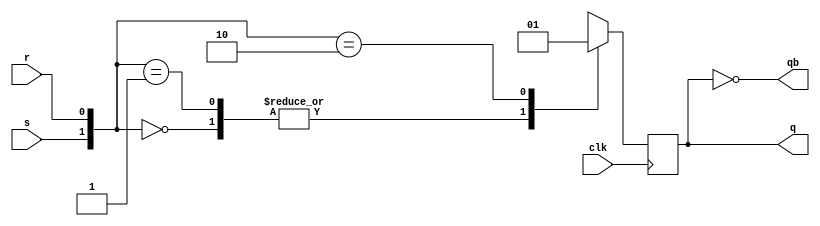
`timescale 1ns / 1ps
//////////////////////////////////////////////////////////////////////////////////
// Company: 
// Engineer: 
// 
// Design Name: 
// Module Name: sr_ff
// Project Name: 
// Target Devices: 
// Tool Versions: 
// Description: 
// 
// Dependencies: 
// 
// Revision:
// Revision 0.01 - File Created
// Additional Comments:
// 
//////////////////////////////////////////////////////////////////////////////////


module sr_ff(clk,s,r,q,qb);

        input clk,s,r;
        output reg q;
        output qb;
        
        always@(posedge clk)
        begin
            case({s,r})
            2'b00: q <= 1'b0;
            2'b01: q <= 1'b0;
            2'b10: q <= 1'b1;
            2'b11: q <= 1'bx;
            endcase
        end
        
        assign qb = ~q;
        
endmodule